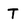
Character: T